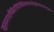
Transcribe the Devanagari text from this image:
खसमगधषिबिरगिरिमिथिलसमतटोड्राष्ववदनदन्तुरकाः।